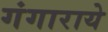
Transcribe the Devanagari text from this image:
गंगाराये